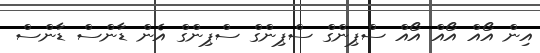
އިން އޯއް އޯއް އޯއް ސްޕިންގް ސްޕިންގް ސްޕިންގް އެން ޑާންސް ޑާންސް